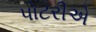
પોટરીએ